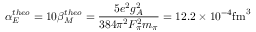
\alpha _ { E } ^ { t h e o } = 1 0 \beta _ { M } ^ { t h e o } = { \frac { 5 e ^ { 2 } g _ { A } ^ { 2 } } { 3 8 4 \pi ^ { 2 } F _ { \pi } ^ { 2 } m _ { \pi } } } = 1 2 . 2 \times 1 0 ^ { - 4 } \mathrm { f m } ^ { 3 }